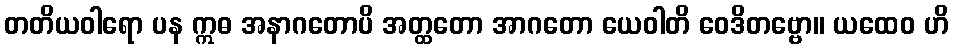
တတိယဝါရော ပန ဣဓ အနာဂတောပိ အတ္ထတော အာဂတော ယေဝါတိ ဝေဒိတဗ္ဗော။ ယထေဝ ဟိ